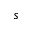
s